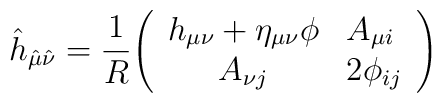
{\hat h}_{{\hat\mu}{\hat\nu}}={1\over{R}}\Bigg (\begin{array}{cl}h_{\mu\nu}+\eta_{\mu\nu}\phi & A_{\mu i}\\A_{\nu j} & 2\phi_{ij}\end{array}\Bigg )